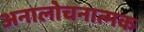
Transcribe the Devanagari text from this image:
अनालोचनात्मक